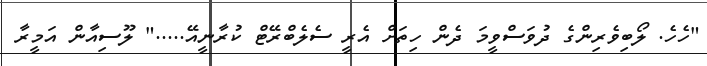
"ހެހެ. ލޯބިވެރިންގެ ދުވަސްވީމަ ދެން ހިތަށް އެރީ ސެލެބްރޭޓް ކުރާނީއޭ....." ލޫސިއާން އަމީރާ